Annual report on the working of the mental hospitals in the Madras Presidency - 1912-1932
Year: 1912
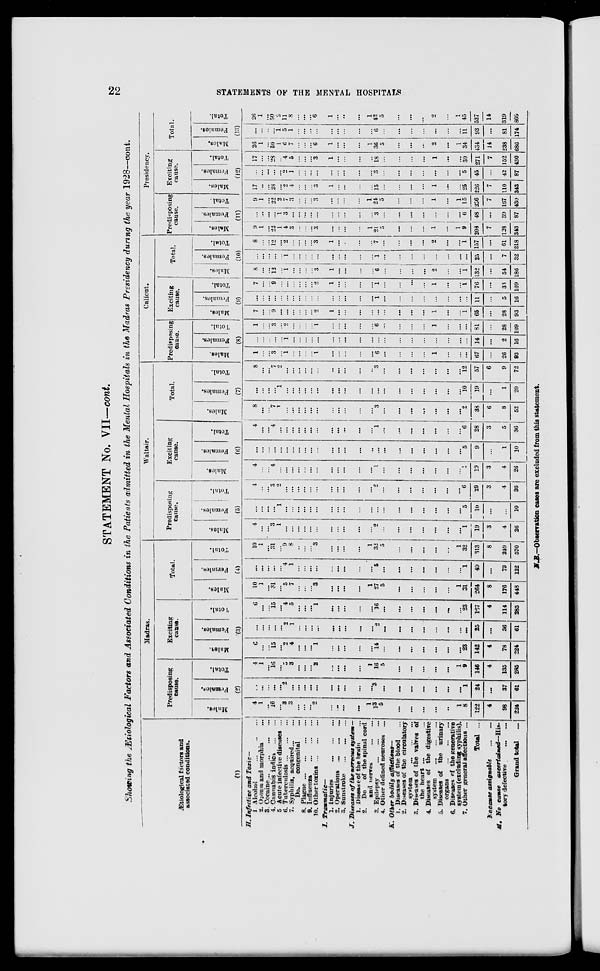
22
STATEMENTS OF THE MENTAL HOSPITALS
STATEMENT No. VII—cont.
Showing the Ætiological Factors and Associated Conditions in the Patients admitted in the Mental Hospitals in the Madras Presidency during the year 1928—cont.
Ætiological factors and
associated conditions.
(1)
H. Infective and Toxic—
1 Alcohol
...
...
...
...
2. Opium and morphia ...
3. Cocaine
...
...
...
...
4. Cannabis indica
...
...
5 Acute infective diseases ...
6. Tuberculosis
...
...
...
7. Syphilis, acquired ... ...
Do.
congenital ... ...
8.
Plague...
...
...
...
9. Influenza ... ... ... ...
10. Other toxins... ... ...
I.
Traumatic—
1.
Injuries ... ... ... ...
2. Operations ... ... ... ...
3. Sunstroke ... ... ... ...
J. Diseases of the nervous system—
1. Disease of the brain ...
2. Do
of the spinal cord
and nerves
...
...
3. Epilepsy ... ... ...
4. Other defined neuroses ...
K. Other bodily
afflictions—
1. Diseases of the blood ...
2. Diseases of the circulatory
system ... ... ...
3. Diseases of the valves of
the heart ...
4. Diseases of the digestive
system ... ... ... ...
5. Diseases of the urinary
organs ... ... ... ...
6. Diseases of the generative
system (excluding syphilis).
7. Other general affections ...
Total ...
Nocause assignable
...
...
M. No cause
ascertained—His-
tory defective
...
...
Grand total
Madras.
Predisposing
cause.
Males.
Females.
Total.
(2)
4
1
...
16
...
3
3
...
...
...
2
...
...
...
...
1
13
5
...
...
...
...
...
1
8
122
4
98
224
...
...
...
...
...
2
...
...
...
...
...
...
...
...
...
...
3
...
...
...
...
...
...
...
1
24
...
37
61
4
1
...
16
...
5
3
...
...
...
2
...
...
...
...
1
16
5
...
...
...
...
...
1
9
146
4
135
285
Exciting
cause.
Males.
Females.
Total.
(3)
6
...
...
15
...
2
4
...
...
...
1
...
...
...
...
...
14
...
...
...
...
...
...
...
23
142
4
78
224
...
...
...
...
...
2
1
...
...
...
...
...
...
...
...
...
2
...
...
...
...
...
...
...
...
25
...
36
61
6
...
...
15
...
4
5
...
...
...
1
...
...
...
...
...
16
...
...
...
...
...
...
...
23
167
4
114
285
Total.
Males.
Females.
Total.
(4)
10
1
...
31
...
5
7
...
...
...
3
...
...
...
...
1
27
5
...
...
...
...
...
1
31
264
8
176
448
...
...
...
...
...
4
1
...
...
...
...
...
...
...
...
...
6
...
...
...
...
...
...
...
1
49
...
73
122
10
1
...
31
...
9
8
..
...
...
3
...
...
...
...
1
31
5
...
...
...
...
...
1
32
313
8
249
570
Waltair.
Predisposing
cause.
Males.
Females.
Total.
(5)
4 ...
...
3
1
...
...
...
...
...
...
...
...
...
...
...
2
...
...
...
...
...
...
...
1
19
3
4
26
...
...
...
...
1
...
...
...
...
...
...
...
...
...
...
...
...
...
...
...
...
...
...
...
5
10
...
...
10
4
...
...
3
2
...
...
...
...
...
...
...
...
...
...
...
2
...
...
...
...
...
...
...
6
29
3
4
36
Exciting
cause.
Males.
Females.
Total.
(6)
4
...
...
4
...
...
...
...
...
...
...
...
...
...
...
...
1
...
...
...
...
...
...
...
1
19
3
4
26
...
...
...
...
...
...
...
...
...
...
...
...
...
...
...
...
...
...
...
...
...
...
...
...
5
9
...
1
10
4
...
...
4
...
...
...
...
...
...
...
...
...
...
...
...
1
...
...
...
...
...
...
...
6
28
3
5
36
Total.
Males.
Females.
Total.
(7)
8
...
...
7
1
...
...
...
...
...
...
...
...
...
...
...
3
...
...
...
...
...
...
...
2
3S
6
8
52
...
...
...
...
1
...
...
...
...
...
...
...
...
...
...
...
...
...
...
...
...
...
...
...
10
19
...
1
20
8
...
...
7
2
...
...
...
...
...
...
...
...
...
...
...
3
...
...
...
...
...
...
...
12
57
6
9
72
Calicut.
Predisposing
cause.
Males.
Females.
Total.
(8)
1
...
...
3
...
1
...
...
...
1
...
...
...
...
...
6
...
...
...
...
1
...
...
...
67
...
26
93
...
...
...
...
...
1
...
...
...
...
...
...
...
...
...
...
...
...
...
...
...
...
...
...
...
14
...
2
16
1
...
...
3
...
2
...
...
...
... 1
...
...
...
...
...
6
...
...
...
...
1
...
...
...
81
...
28
109
Exciting
cause.
Males.
Females.
Total.
(9)
7
...
...
9
...
...
...
...
...
...
2
1
...
...
...
...
...
...
...
...
...
1
...
...
1
65
...
28
93
...
...
...
...
...
...
...
...
...
...
...
...
...
...
...
...
1
...
...
...
...
...
...
...
...
11
...
5
16
7
...
...
9
...
...
...
...
...
... 2
1
...
...
...
...
1
...
...
...
...
1
...
...
1
76
...
33
109
Total.
Males.
Females.
Total.
(10)
8
...
...
12
...
1
...
...
...
... 3
1
...
...
...
...
6
...
...
...
...
2
...
...
1
132
...
54
186
...
...
...
...
...
1
...
...
...
...
...
...
...
...
...
...
1
...
...
...
...
...
...
...
...
25
...
7
32
8
...
...
12
...
2
...
...
...
...
3
1
...
...
...
...
7
...
...
...
...
2
...
...
1
157
...
61
218
Presidency.
Predisposing
cause.
Males.
Females.
Total.
(11)
9
1
...
22
1
4
3
...
...
... 3
...
...
...
...
1
21
5
...
...
...
1
...
1
9
203
7
128
343
...
...
...
...
1
3
...
...
...
...
...
...
...
...
...
...
3
...
...
...
...
...
...
...
6
48
...
39
87
9
1
...
22
2
7
3
...
...
...
3
...
...
...
...
1
24
5
...
...
...
1
...
1
15
256
7
167
430
Exciting
cause.
Males.
Females.
Total.
(12)
17
...
...
28
...
2
4
...
...
... 3
1
...
...
...
...
15
...
...
...
...
1
...
...
25
220
7
110
343
...
...
...
...
...
2
1
...
...
...
...
...
...
...
...
...
3
...
...
...
...
...
...
...
5
45
...
42
87
17
...
...
28
...
4
5
...
...
...
3
1
...
...
...
...
18
...
...
...
...
1
...
...
30
271
7
152
430
Total.
Males.
Females.
Total.
(13)
26
1
...
50
1
6
7
...
...
...
6
1
...
...
...
1
36
5
...
...
...
2
...
1
34
434
14
238
686
...
...
...
...
1 5
1
...
...
...
...
...
...
...
...
...
6
...
...
...
...
...
...
...
11
93
...
81
174
26
1
...
50
2
11
8
...
...
...
6
1
...
...
...
1
42
5
...
...
...
2
...
1
45
527
14
319
869
N.B.—Observation cases are excluded from this statement.